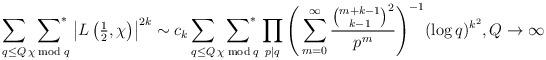
LaTeX: \begin{align*}\sum_{q\le Q}\,\sideset{}{^*}\sum_{\chi \bmod q}\left|L\left(\tfrac{1}{2},\chi \right)\right|^{2k} \sim c_k\sum_{q\le Q} \,\sideset{}{^*}\sum_{\chi \bmod q}\prod_{p| q}\Bigg(\sum_{m=0}^{\infty}\frac{\binom{m+k-1}{k-1}^2}{p^m}\Bigg)^{-1}(\log q)^{k^2}, Q \to \infty\end{align*}